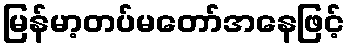
မြန်မာ့တပ်မတော်အနေဖြင့်